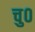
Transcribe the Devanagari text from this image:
चु०